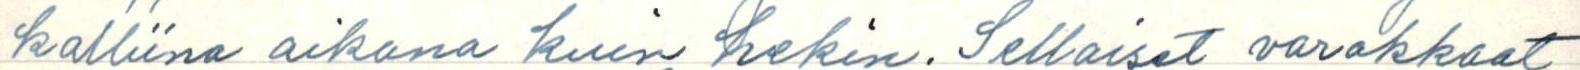
kalliina aikana kuin hekin. Sellaiset varakkaat